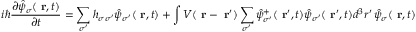
i \hbar \frac { \partial \hat { \psi } _ { \sigma } ( \mathrm { \bf ~ r } , t ) } { \partial t } = \sum _ { \sigma ^ { \prime } } h _ { \sigma \sigma ^ { \prime } } \hat { \psi } _ { \sigma ^ { \prime } } ( \mathrm { \bf ~ r } , t ) + \int V ( \mathrm { \bf ~ r } - \mathrm { \bf ~ r } ^ { \prime } ) \sum _ { \sigma ^ { \prime } } \hat { \psi } _ { \sigma ^ { \prime } } ^ { + } ( \mathrm { \bf ~ r } ^ { \prime } , t ) \hat { \psi } _ { \sigma ^ { \prime } } ( \mathrm { \bf ~ r } ^ { \prime } , t ) d ^ { 3 } r ^ { \prime } \, \hat { \psi } _ { \sigma } ( \mathrm { \bf ~ r } , t )